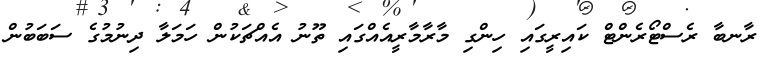
ރާނބާ ރެސްޓޯރެންޓް ކައިރީގައި ހިންގި މާރާމާރީއެއްގައި ތޫނު އެއްޗަކުން ހަމަލާ ދިނުމުގެ ސަބަބުން